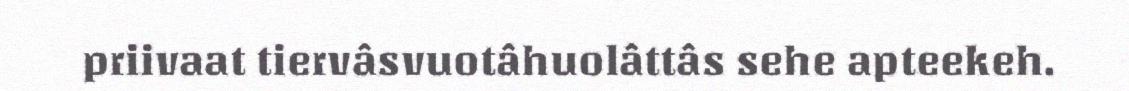
priivaat tiervâsvuotâhuolâttâs sehe apteekeh.